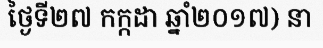
ថ្ងៃទី២៧ កក្កដា ឆ្នាំ២០១៧) នា